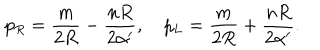
p _ { R } = { \frac { m } { 2 R } } - { \frac { n R } { 2 \alpha ^ { \prime } } } , p _ { L } = { \frac { m } { 2 R } } + { \frac { n R } { 2 \alpha ^ { \prime } } } .